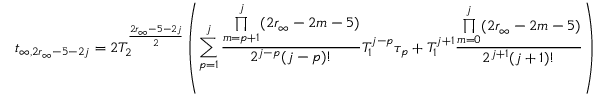
t _ { \infty , 2 r _ { \infty } - 5 - 2 j } = 2 T _ { 2 } ^ { \frac { 2 r _ { \infty } - 5 - 2 j } { 2 } } \left( \sum _ { p = 1 } ^ { j } \frac { \underset { m = p + 1 } { \overset { j } { \prod } } ( 2 r _ { \infty } - 2 m - 5 ) } { 2 ^ { j - p } ( j - p ) ! } T _ { 1 } ^ { j - p } \tau _ { p } + T _ { 1 } ^ { j + 1 } \frac { \underset { m = 0 } { \overset { j } { \prod } } ( 2 r _ { \infty } - 2 m - 5 ) } { 2 ^ { j + 1 } ( j + 1 ) ! } \right)